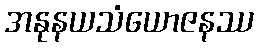
အနုနယသံယောဇနဿ